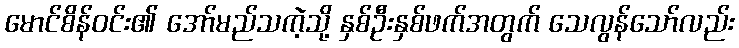
မောင်စိန်ဝင်း၏ အော်မည်သကဲ့သို့ နှစ်ဦးနှစ်ဖက်အတွက် သေလွန်သော်လည်း